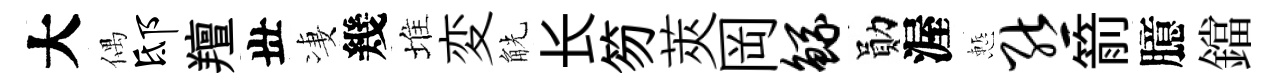
大偶邸羶丗凄幾堆変觥长笏莢岡鲧勛渥慙熊箭臆鐺